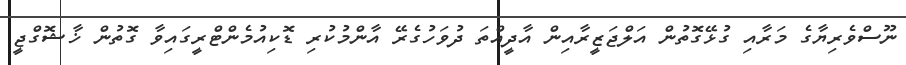
ނޫސްވެރިޔާގެ މަރާއި ގުޅޭގޮތުން އަލްޖަޒީރާއިން އާދީއްތަ ދުވަހުގެރޭ އާންމުކުރި ޑޮކިއުމެންޓްރީގައިވާ ގޮތުން ޚާޝޮގްޖީ